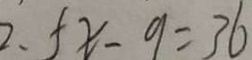
2 . f x - 9 = 3 6